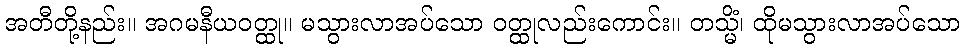
အတီတို့နည်း။ အဂမနီယဝတ္ထု။ မသွားလာအပ်သော ဝတ္ထုလည်းကောင်း။ တသ္မိံ၊ ထိုမသွားလာအပ်သော